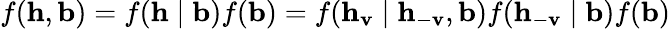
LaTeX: f(\mathbf{h},\mathbf{b})=f(\mathbf{h}\mid\mathbf{b})f(\mathbf{b})=f(\mathbf{h}_{\mathbf{v}}\mid\mathbf{h}_{-\mathbf{v}},\mathbf{b})f(\mathbf{h}_{-\mathbf{v}}\mid\mathbf{b})f(\mathbf{b})